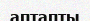
аптапты